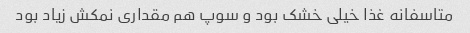
متاسفانه غذا خیلی خشک بود و سوپ هم مقداری نمکش زیاد بود